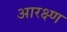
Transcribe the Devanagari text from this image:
आरक्ष्ण